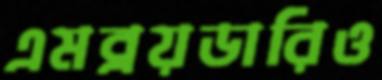
এমব্রয়ডারিও